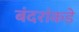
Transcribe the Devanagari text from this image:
बंदरांकडे